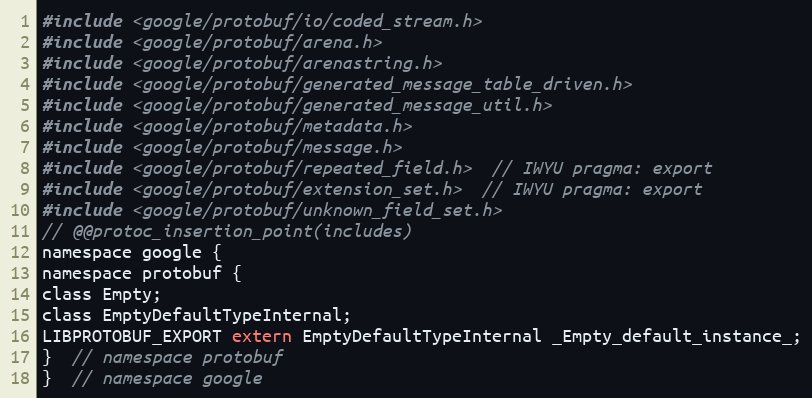
Language: C
#include <google/protobuf/io/coded_stream.h>
#include <google/protobuf/arena.h>
#include <google/protobuf/arenastring.h>
#include <google/protobuf/generated_message_table_driven.h>
#include <google/protobuf/generated_message_util.h>
#include <google/protobuf/metadata.h>
#include <google/protobuf/message.h>
#include <google/protobuf/repeated_field.h>  // IWYU pragma: export
#include <google/protobuf/extension_set.h>  // IWYU pragma: export
#include <google/protobuf/unknown_field_set.h>
// @@protoc_insertion_point(includes)
namespace google {
namespace protobuf {
class Empty;
class EmptyDefaultTypeInternal;
LIBPROTOBUF_EXPORT extern EmptyDefaultTypeInternal _Empty_default_instance_;
}  // namespace protobuf
}  // namespace google